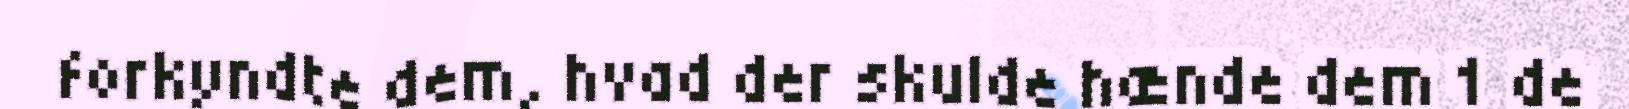
forkyndte dem, hvad der skulde hænde dem 1 de